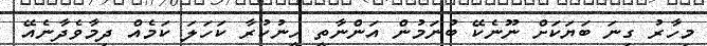
މިހާރު ގިނަ ބަޔަކަށް ނޫނެކޭ ބުނަމުން އަންނާތީ ހީނުކުރާ ކަހަލަ ކަމެއް ދިމާވެދާނެއޭ